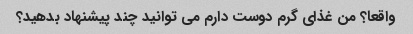
واقعا؟ من غذای گرم دوست دارم می توانید چند پیشنهاد بدهید؟